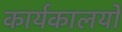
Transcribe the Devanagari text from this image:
कार्यकालयों